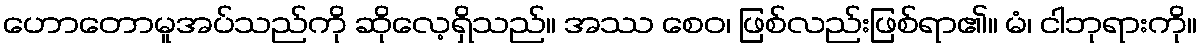
ဟောတောမူအပ်သည်ကို ဆိုလေ့ရှိသည်။ အဿ စေဝ၊ ဖြစ်လည်းဖြစ်ရာ၏။ မံ၊ ငါဘုရားကို။